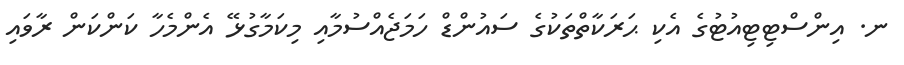
ނ. އިންސްޓިޓިއުޓުގެ އެކި ޙަރަކާތްތަކުގެ ސައުންޑް ހަމަޖެއްސުމާއި މިކަމާގުޅޭ އެންމެހާ ކަންކަން ރާވައި